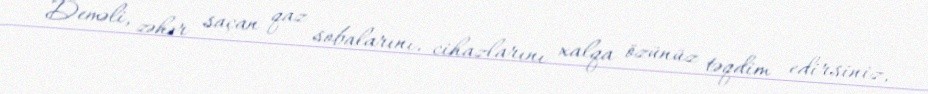
Deməli, zəhər saçan qaz sobalarını, cihazlarını xalqa özünüz təqdim edirsiniz,